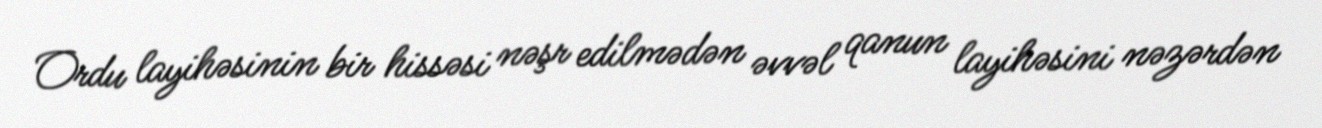
Ordu layihəsinin bir hissəsi nəşr edilmədən əvvəl qanun layihəsini nəzərdən